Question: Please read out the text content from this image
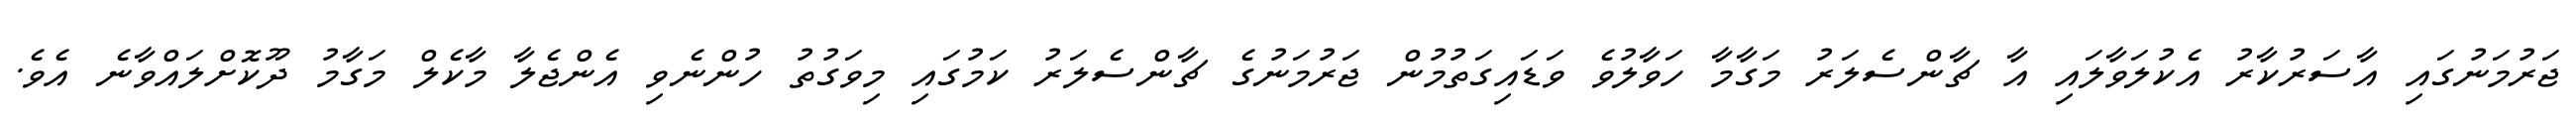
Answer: ޖަރުމަނުގައި އާސަރުކާރު އެކުލަވާލައި އާ ޗާންސެލަރު މަގާމާ ހަވާލުވެ ވަޑައިގަތުމުން ޖަރުމަނުގެ ޗާންސެލަރު ކަމުގައި މިވަގުތު ހުންނެވި އެންޖެލާ މާކެލް މަގާމު ދޫކޮށްލައްވާނެ އެވެ.